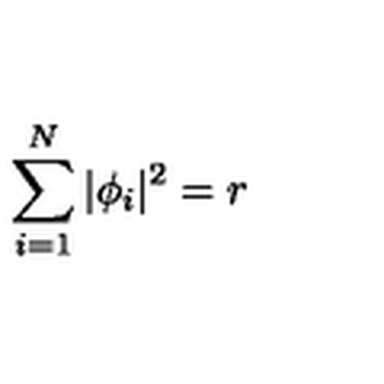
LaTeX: \sum _ { i = 1 } ^ { N } | \phi _ { i } | ^ { 2 } = r